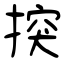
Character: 揬